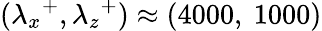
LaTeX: ({\lambda_{x}}^{+},{\lambda_{z}}^{+})\approx(4000,~1000)